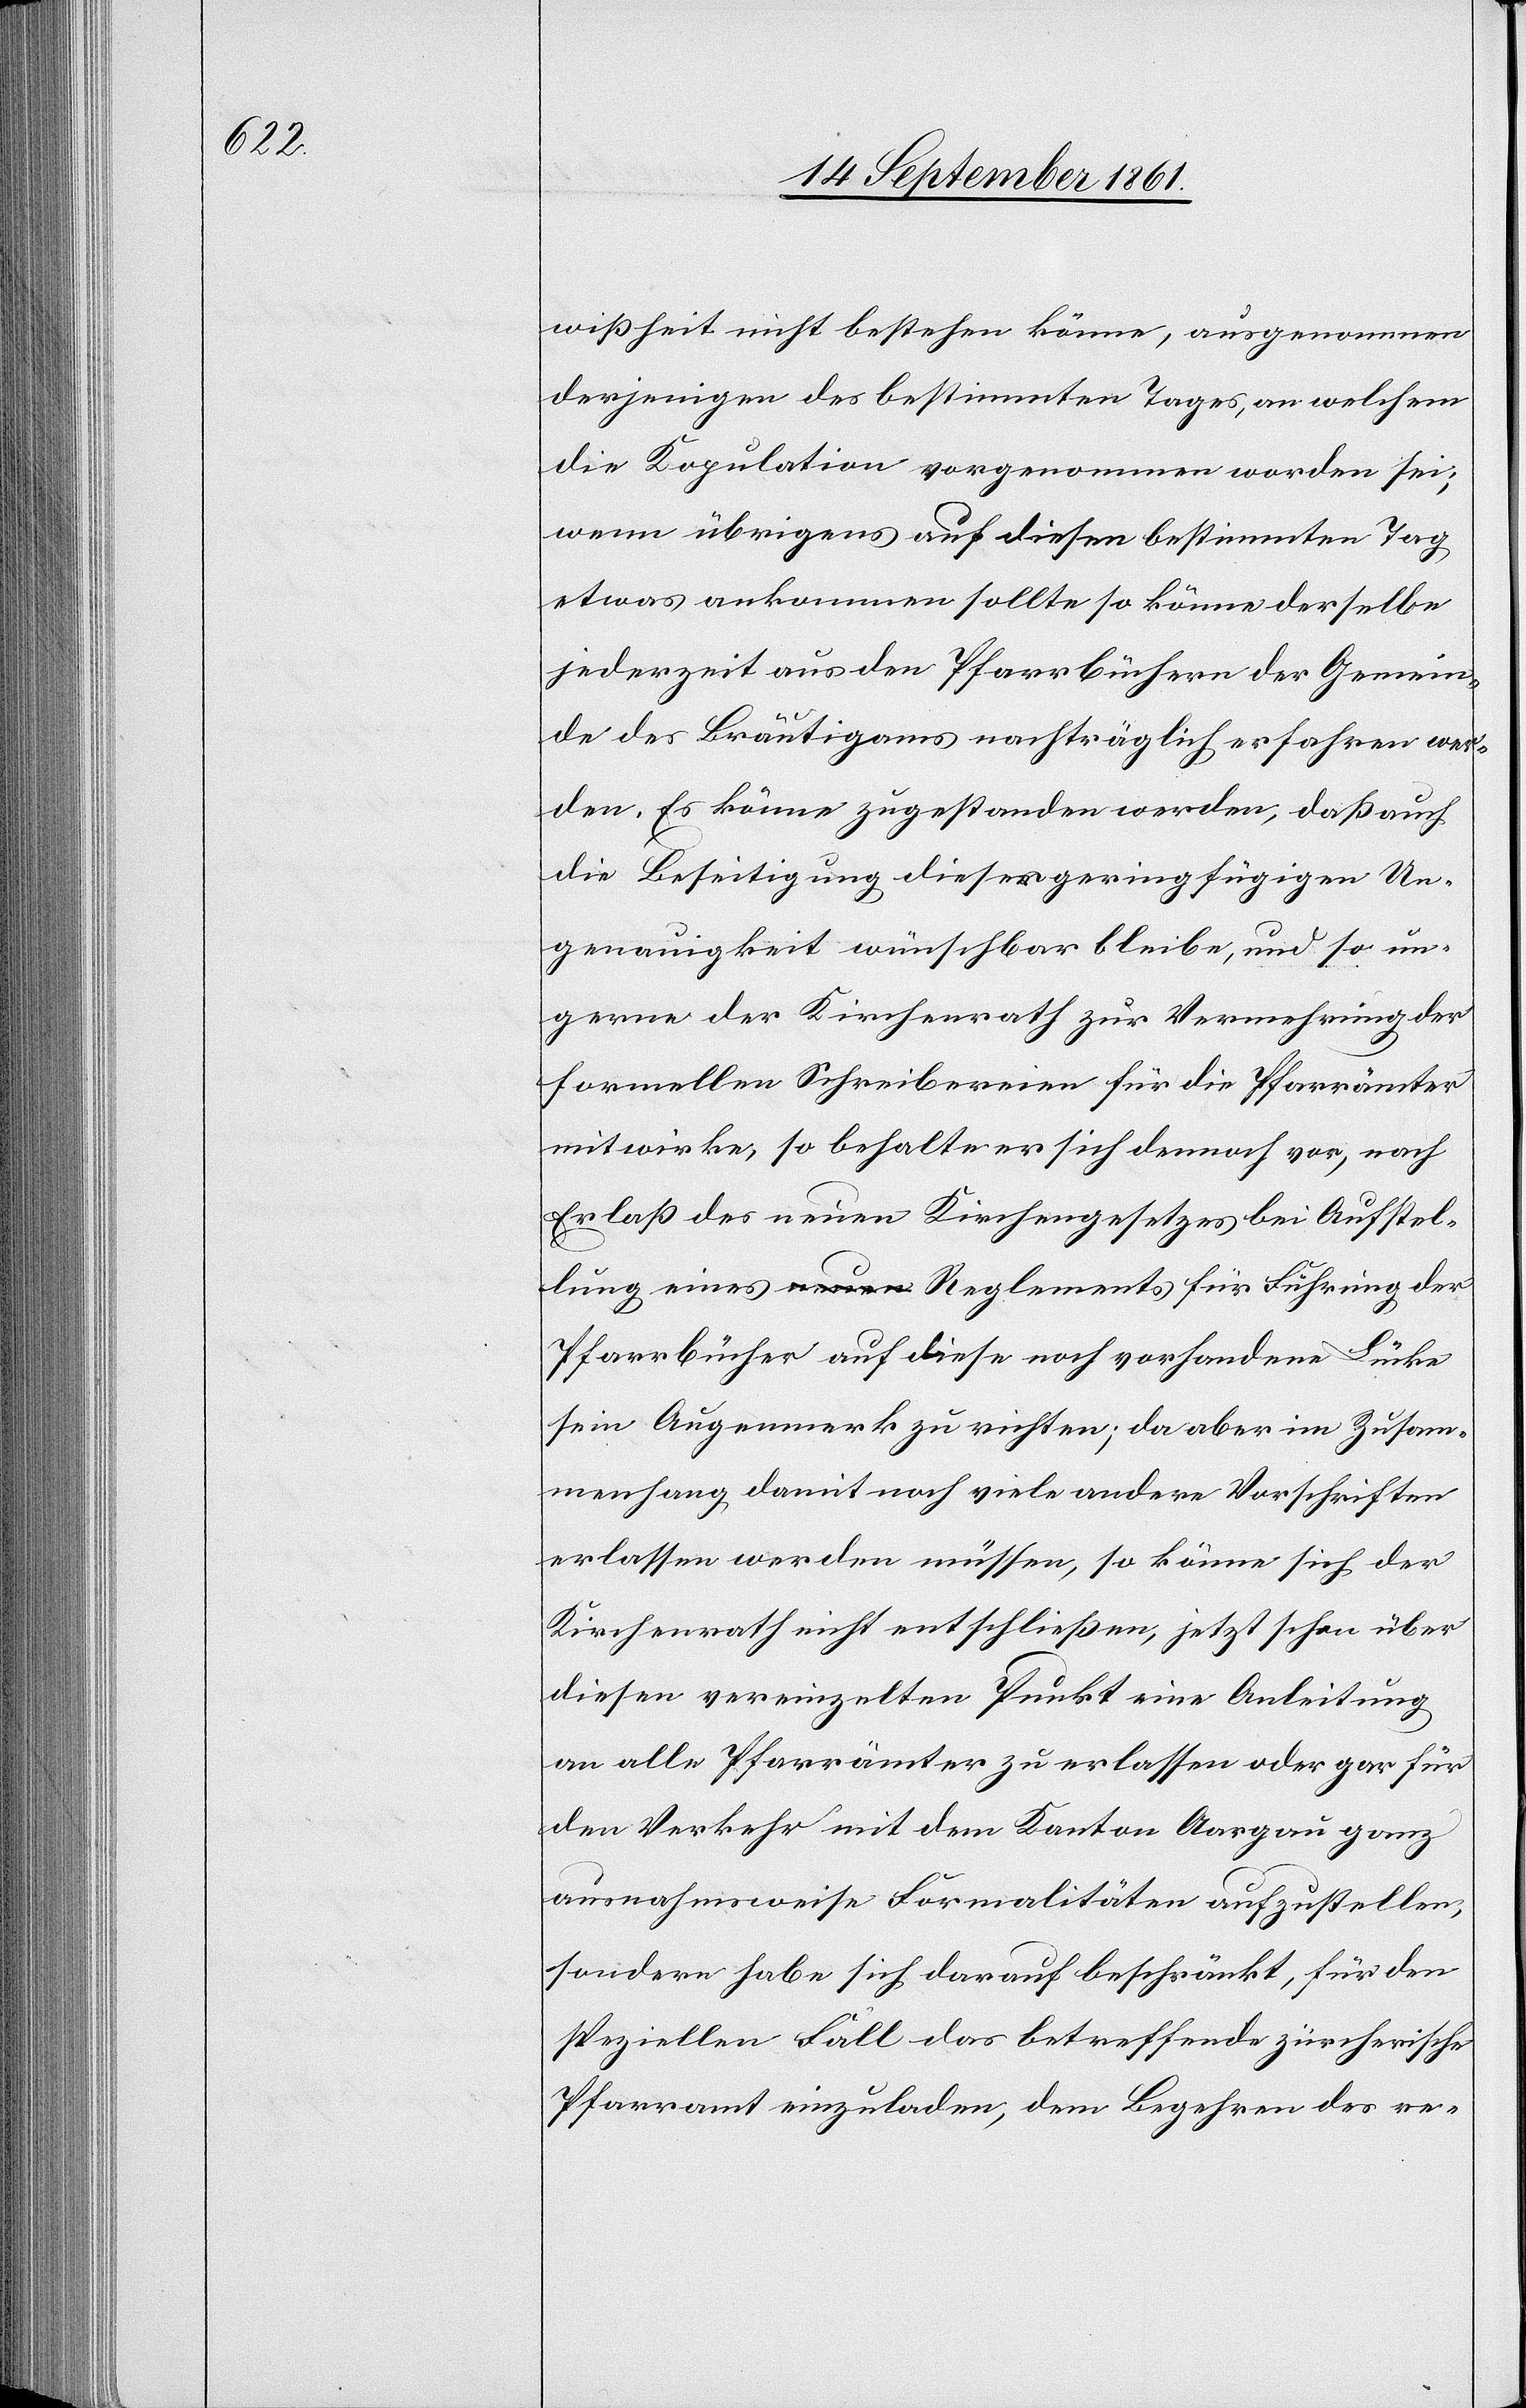
wißheit nicht bestehen könne, ausgenommen
derjenigen des bestimmten Tages, an welchem
die Kopulation vorgenommen worden sei;
wenn übrigens auf diesen bestimmten Tag
etwas ankommen sollte so könne derselbe
jederzeit aus den Pfarrbüchern der Gemein¬
de des Bräutigams nachträglich erfahren wer¬
den. Es könne zugestanden werden, daß auch
die Beseitigung dieser geringfügigen Un¬
genauigkeit wünschbar bleibe, und so un¬
gerne der Kirchenrath zur Vermehrung der
formellen Schreibereien für die Pfarrämter
mitwirke, so behalte er sich dennoch vor, nach
Erlaß des neuen Kirchengesetzes bei Aufstel¬
lung eines Reglements für Führung der
Pfarrbücher auf diese noch vorhandene Lücke
sein Augenmerk zu richten; da aber im Zusam¬
menhang damit noch viele andere Vorschriften
erlassen werden müssen, so könne sich der
Kirchenrath nicht entschließen, jetzt schon über
diesen vereinzelten Punkt eine Anleitung
an alle Pfarrämter zu erlassen oder gar für
den Verkehr mit dem Kanton Aargau ganz
ausnahmsweise Formalitäten aufzustellen,
sondern habe sich darauf beschränkt, für den
speziellen Fall das betreffende zürcherische
Pfarramt einzuladen, dem Begehren des re-